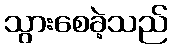
သွားစေခဲ့သည်